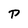
Character: p